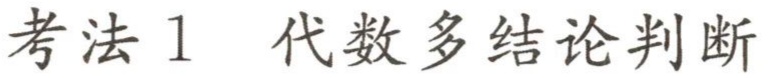
考法1 代数多结论判断